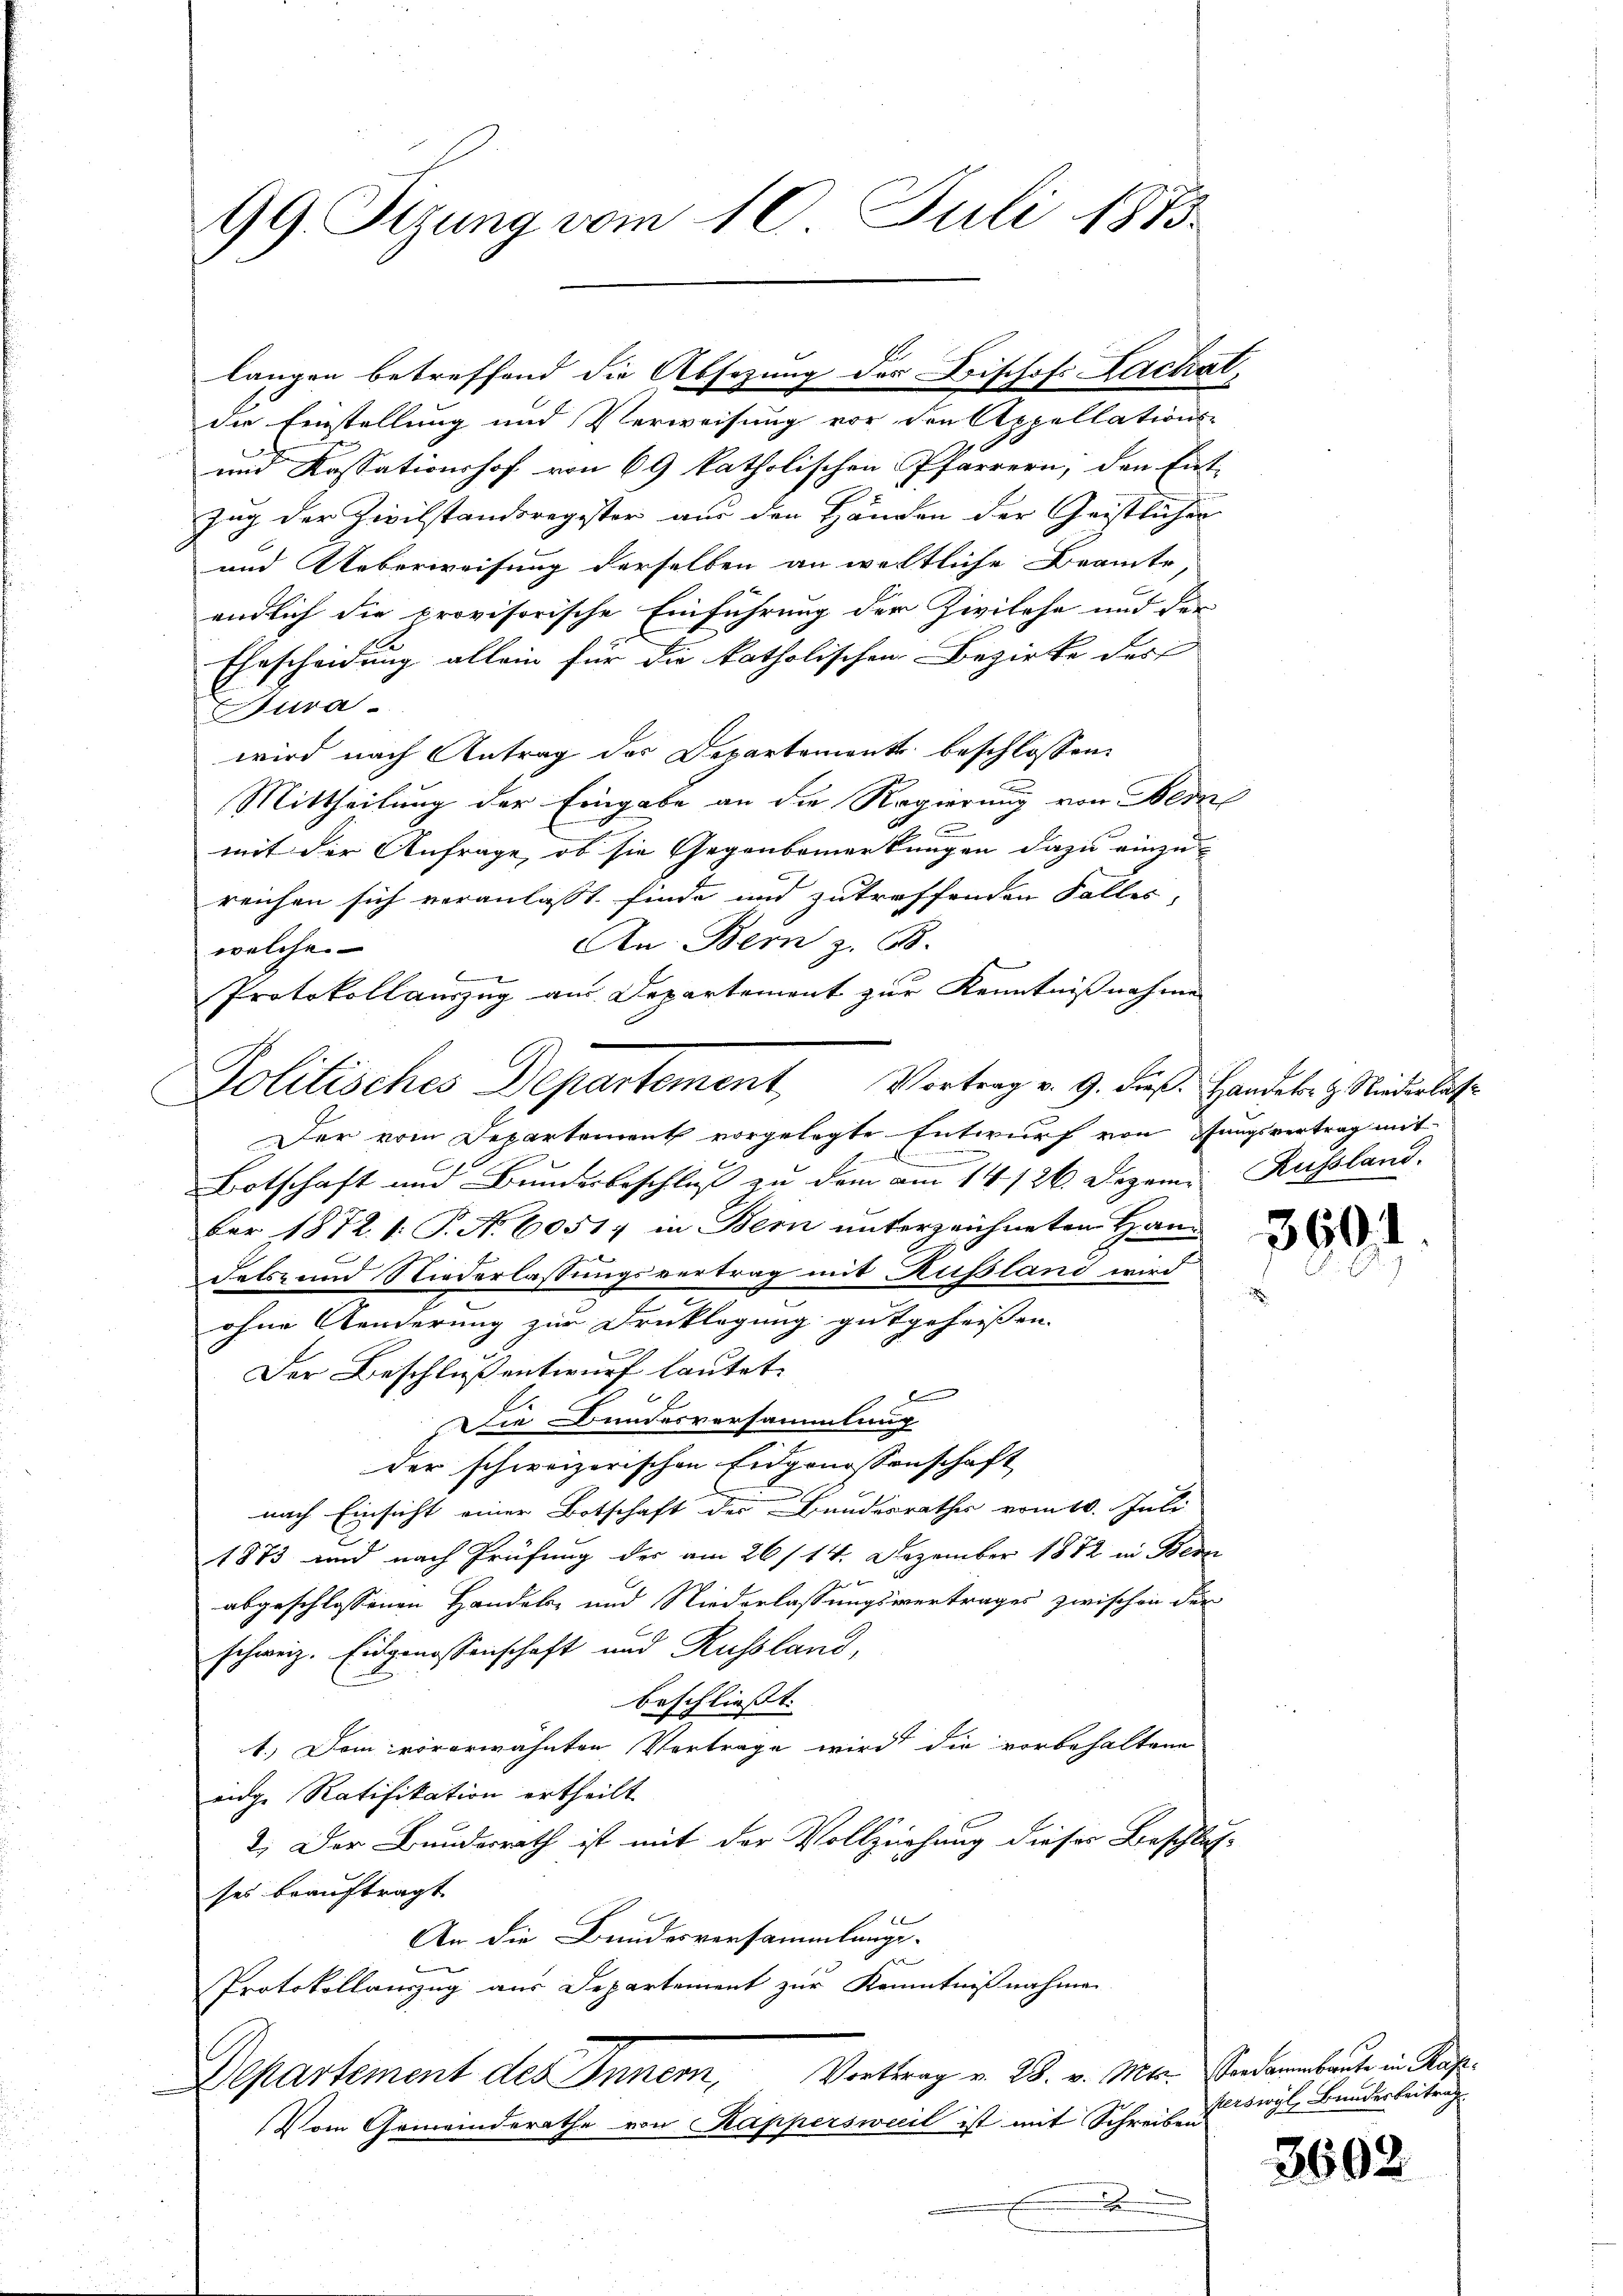
99. Sizung vom 10. Juli 1873.

und Kassationshof von 69 katholischen Pfarrern, den Ent-
zug der Zivilstandsregister aus den Händen der Geistlicher
und Ueberweisung derselben an weltliche Beamte
endlich die provisorische Einführung der Zivilehe und der
Ehescheidung allein für die katholischen Bezirke der
Fura-
wird nach Antrag des Departement beschlossen:
Mittheilung der Eingabe an die Regierung von Bern
C
mit der Anfrage, ob sie Gegenbemerkungen dazu einzureichen sich veranlasst finde und zutreffenden Falles,
An Bern z. B.
welche
Protokollauszug am Departement zur Kenntnißnahmen
Der vom Departement vorgelegte Entwurf von ungsvertrag mit
tchen
Botschaft und Bundesbeschluß zu dem am 14./26. Dezem. Russland.
ber 1872. 1. P. N. 6051; in Bern unterzeichneten Han¬
Fetsz und Niederlassungsvertrag mit Russland wird
ohne Aenderung zur Drucklegung gutgeheissen.
Der Beschluß entwurf lautet.
.
Die Bundesversammlung
der schweizerischen Eidgenossenschaft
nach Einsicht einer Botschaft der Bundesrathes vom 10. Juli
1873 und nach Prüfung der am 26/14. Dezember 1872 in Bera
abgeschlossenen Handele und Niederlassungsvertrages zwischen Für-
schweiz. Eidgenossenschaft und Russland,
beschliesst: |
1.) Dem vorerwähnten Vortrage wird die vorbehaltene
eidge Ratifikation ertheilt
2.) Der Bundesrath ist mit der Vollziehung dieser Beschluß
ses beauftragt
An die Bundesversammlungs-
Protokollauszug aus Departement zur Kenntnißnahmen
Departement des Inner, Vortrag v. 28. v. Mts. Andernbaute in Re
Vom Gemeinderathe von Kappersweil ist mit Schreiben
x

langen betreffend die Absezung der Frischofs Zachal
die Einstellung und Verweisung vor den Appellations-

Politisches Departement, Vortrag v. 9. dieß. Handeln & Niederlas

3691

ferswyl, Bunderbeitrag

3602